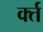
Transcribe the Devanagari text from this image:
र्क्त